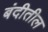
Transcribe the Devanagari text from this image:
बंदीतील